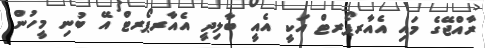
ރާއްޖޭގެ މައި އެއާރޕޯރޓް އަކީ އެއީ ބާލިދީ އެެއާރޕޯރޓް އޭ ބުނި މީހުން